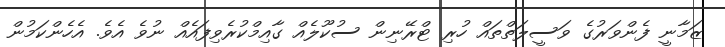
ޒަމާނީ ފެންވަރުގެ ވަސީލަތްތައް ހުރި ޓްރޭނިން ސުކޫލެއް ގާއިމްކުރެވިފައެއް ނުވެ އެވެ. އެހެންކަމުން